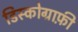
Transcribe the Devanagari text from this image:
डिस्कोग्राफ़ी